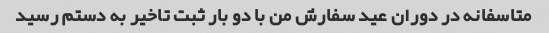
متاسفانه در دوران عید سفارش من با دو بار ثبت تاخیر به دستم رسید